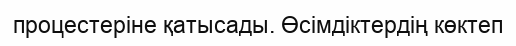
процестеріне қатысады. Өсімдіктердің көктеп